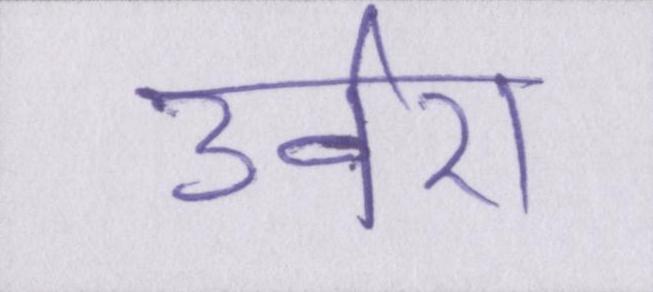
उर्वरा